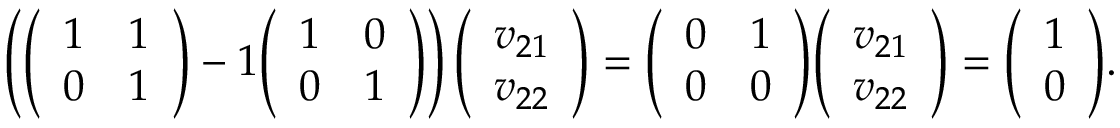
\left( { \left( \begin{array} { l l } { 1 } & { 1 } \\ { 0 } & { 1 } \end{array} \right) } - 1 { \left( \begin{array} { l l } { 1 } & { 0 } \\ { 0 } & { 1 } \end{array} \right) } \right) { \left( \begin{array} { l } { v _ { 2 1 } } \\ { v _ { 2 2 } } \end{array} \right) } = { \left( \begin{array} { l l } { 0 } & { 1 } \\ { 0 } & { 0 } \end{array} \right) } { \left( \begin{array} { l } { v _ { 2 1 } } \\ { v _ { 2 2 } } \end{array} \right) } = { \left( \begin{array} { l } { 1 } \\ { 0 } \end{array} \right) } .